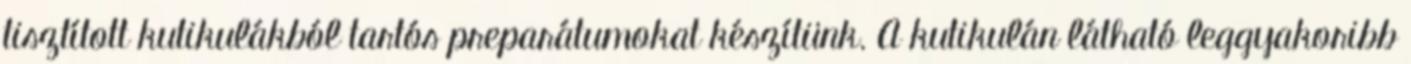
tisztított kutikulákból tartós preparátumokat készítünk. A kutikulán látható leggyakoribb